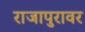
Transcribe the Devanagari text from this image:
राजापुरावर